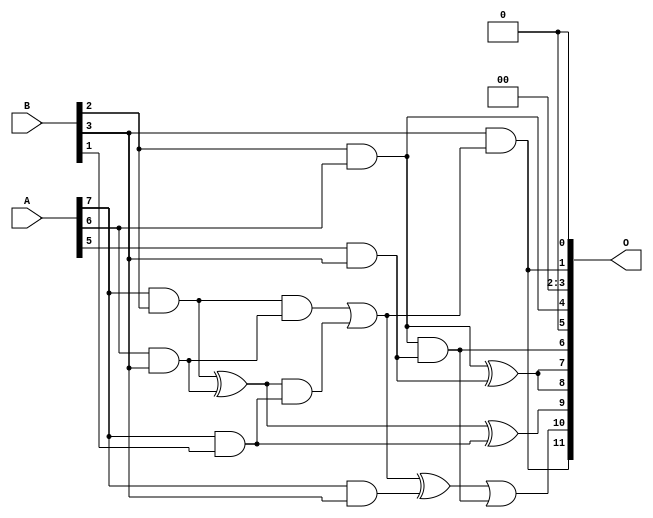
// This program was cloned from: https://github.com/ehw-fit/evoapproxlib
// License: MIT License

/***
* This code is a part of EvoApproxLib library (ehw.fit.vutbr.cz/approxlib) distributed under The MIT License.
* When used, please cite the following article(s): V. Mrazek, L. Sekanina, Z. Vasicek "Libraries of Approximate Circuits: Automated Design and Application in CNN Accelerators" IEEE Journal on Emerging and Selected Topics in Circuits and Systems, Vol 10, No 4, 2020 
* This file contains a circuit from a sub-set of pareto optimal circuits with respect to the pwr and wce parameters
***/
// MAE% = 3.76 %
// MAE = 154 
// WCE% = 13.75 %
// WCE = 563 
// WCRE% = 100.00 %
// EP% = 92.99 %
// MRE% = 38.63 %
// MSE = 37866 
// PDK45_PWR = 0.011 mW
// PDK45_AREA = 44.1 um2
// PDK45_DELAY = 0.24 ns

module mul8x4u_1TT (
    A,
    B,
    O
);

input [7:0] A;
input [3:0] B;
output [11:0] O;

wire sig_49,sig_58,sig_79,sig_82,sig_91,sig_92,sig_123,sig_124,sig_125,sig_126,sig_127,sig_130,sig_136,sig_137,sig_140,sig_153;

assign sig_49 = A[7] & B[2];
assign sig_58 = B[2] & A[6];
assign sig_79 = A[5] & B[3];
assign sig_82 = A[7] & B[1];
assign sig_91 = A[6] & B[3];
assign sig_92 = A[7] & B[3];
assign sig_123 = sig_49 ^ sig_91;
assign sig_124 = sig_49 & sig_91;
assign sig_125 = sig_123 & sig_82;
assign sig_126 = sig_123 ^ sig_82;
assign sig_127 = sig_124 | sig_125;
assign sig_130 = sig_127 ^ sig_92;
assign sig_136 = sig_58 & sig_79;
assign sig_137 = sig_58 ^ sig_79;
assign sig_140 = B[3] & sig_127;
assign sig_153 = sig_130 | sig_136;

assign O[11] = sig_140;
assign O[10] = sig_153;
assign O[9] = sig_126;
assign O[8] = sig_137;
assign O[7] = sig_137;
assign O[6] = sig_136;
assign O[5] = 1'b0;
assign O[4] = sig_58;
assign O[3] = 1'b0;
assign O[2] = 1'b0;
assign O[1] = sig_140;
assign O[0] = 1'b0;

endmodule